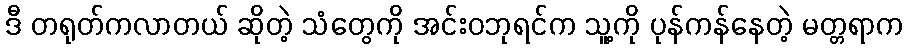
ဒီ တရုတ်ကလာတယ် ဆိုတဲ့ သံတွေကို အင်းဝဘုရင်က သူ့ကို ပုန်ကန်နေတဲ့ မတ္တရာက